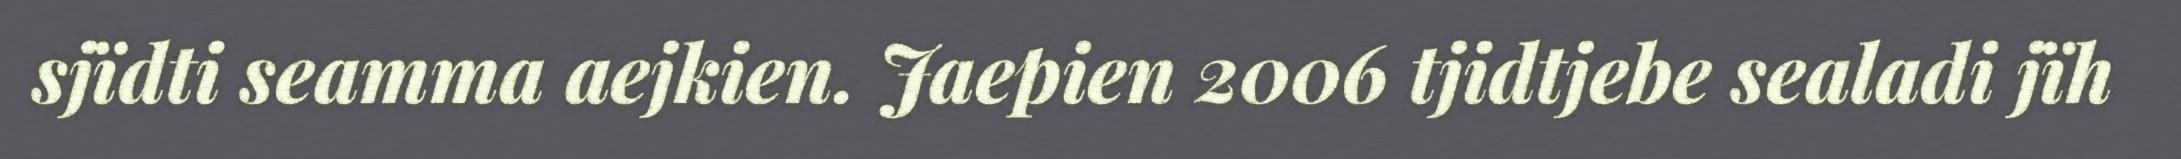
sjïdti seamma aejkien. Jaepien 2006 tjidtjebe sealadi jïh